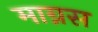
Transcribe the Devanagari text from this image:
माग्नस